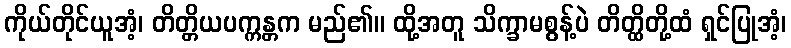
ကိုယ်တိုင်ယူအံ့၊ တိတ္တိယပက္ကန္တက မည်၏။ ထို့အတူ သိက္ခာမစွန့်ပဲ တိတ္ထိတို့ထံ ရှင်ပြုအံ့၊